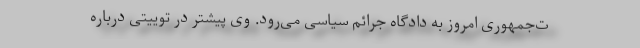
ت‌جمهوری امروز به دادگاه جرائم سیاسی می‌رود. وی پیشتر در توییتی درباره